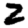
Digit: 2